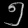
Digit: ၅